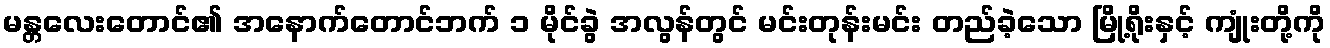
မန္တလေးတောင်၏ အနောက်တောင်ဘက် ၁ မိုင်ခွဲ အလွန်တွင် မင်းတုန်းမင်း တည်ခဲ့သော မြို့ရိုးနှင့် ကျုံးတို့ကို